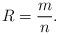
LaTeX: \begin{align*}R = \frac{m}{n}.\end{align*}